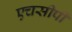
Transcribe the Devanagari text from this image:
एचसीपी